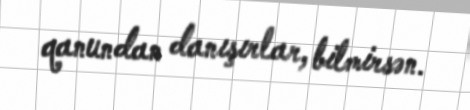
qanundan danışırlar, bilmirsən.